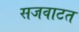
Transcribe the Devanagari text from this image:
सजवाटत